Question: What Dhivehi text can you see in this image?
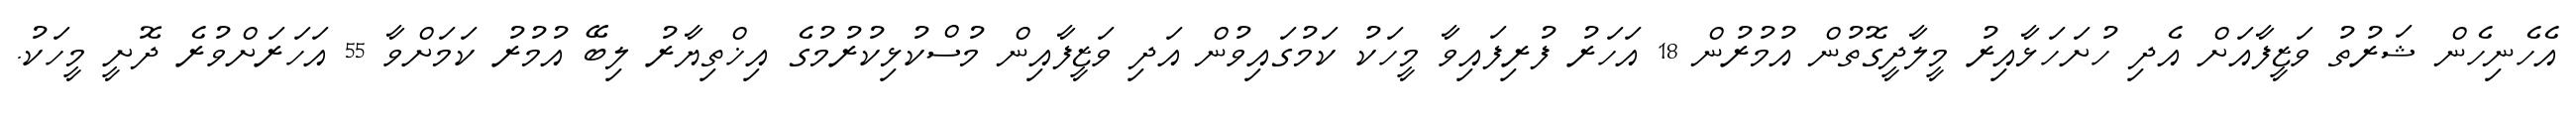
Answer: އެހެނިހެން ޝަރުތު ވަޒީފާއަށް އެދި ހުށަހަޅާއިރު މީލާދީގޮތުން އުމުރުން 18 އަހަރު ފުރިފައިވާ މީހަކު ކަމުގައިވުން އަދި ވަޒީފާއިން މުސްކުޅިކުރުމުގެ އިޚްތިޔާރު ލިބޭ އުމުރު ކަމަށްވާ 55 އަހަރަށްވުރެ ދޮށީ މީހަކު.